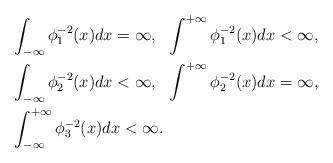
LaTeX: \begin{align*}\begin{aligned}&\int_{-\infty}\phi_1^{-2}(x)dx=\infty,\ \ \int^{+\infty}\phi_1^{-2}(x)dx<\infty,\\&\int_{-\infty}\phi_2^{-2}(x)dx<\infty,\ \ \int^{+\infty}\phi_2^{-2}(x)dx=\infty,\\&\int_{-\infty}^{+\infty}\phi_3^{-2}(x)dx<\infty.\end{aligned}\end{align*}